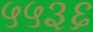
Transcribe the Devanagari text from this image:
५५३६